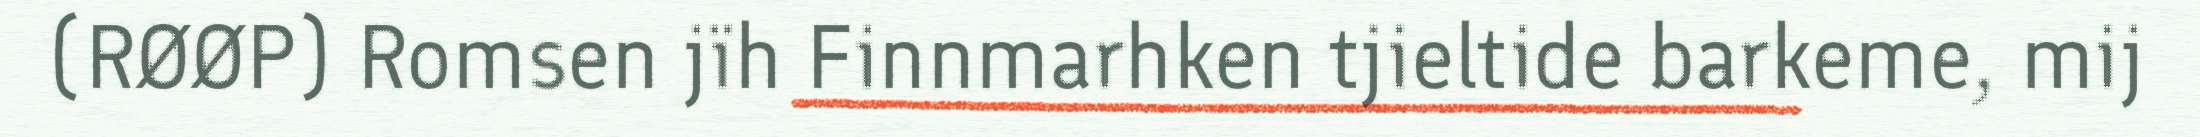
(RØØP) Romsen jïh Finnmarhken tjieltide barkeme, mij